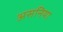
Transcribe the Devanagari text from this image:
असनिया